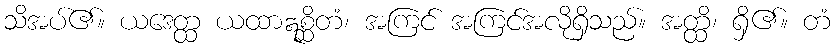
သိအပ်၏။ ယဒေတ္ထ ယထာဣစ္ဆိတံ၊ အကြင် အကြင်အလိုရှိသည်။ အတ္ထိ၊ ရှိ၏။ တံ